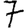
Digit: 7